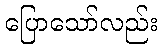
ပြောသော်လည်း